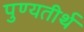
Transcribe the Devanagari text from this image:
पुण्यतीर्थ